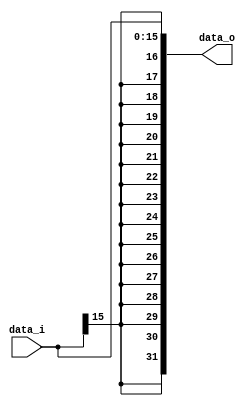
//student's id: 0716325
//Subject:     CO project 2 - Sign extend
//--------------------------------------------------------------------------------
//Version:     1
//--------------------------------------------------------------------------------
//Writer:      0716325
//----------------------------------------------
//Date:        
//----------------------------------------------
//Description: 
//--------------------------------------------------------------------------------

module Sign_Extend(
    data_i,
    data_o
    );
               
//I/O ports
input   [16-1:0] data_i;
output  [32-1:0] data_o;

//Internal Signals
reg     [32-1:0] data_o;
integer i;
//Sign extended

always@(*) begin
    for(i = 0; i < 32; i = i + 1)begin
        if(i >= 16)
            data_o[i] = data_i[15];
        else
            data_o[i] = data_i[i];
    end
end

endmodule